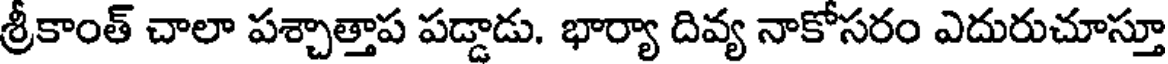
శ్రీకాంత్ చాలా పశ్చాత్తాప పడ్డాడు. భార్యా దివ్య నాకోసరం ఎదురుచూస్తూ